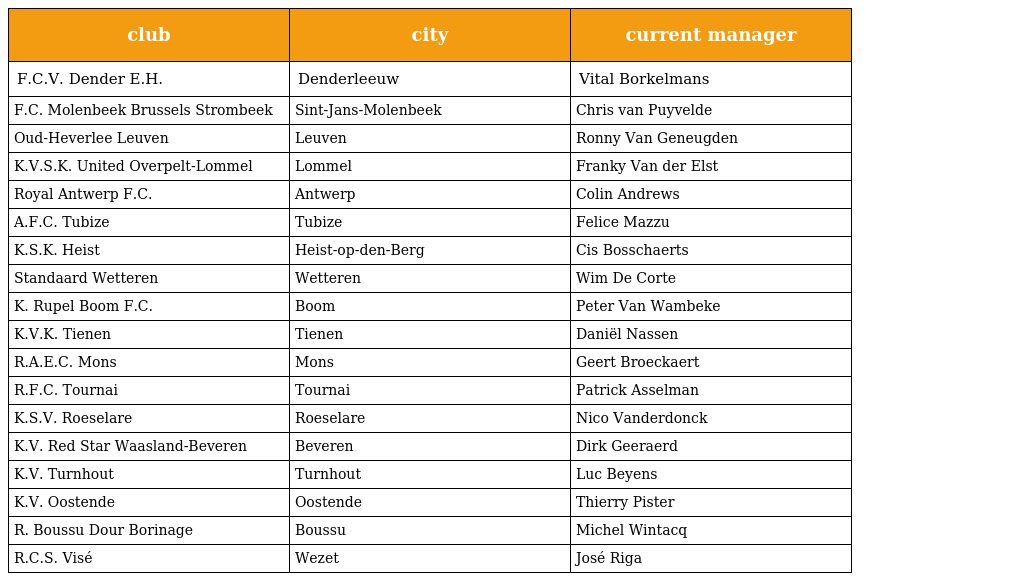
| club | city | current manager |
 | --- | --- | --- |
 | F.C.V. Dender E.H. | Denderleeuw | Vital Borkelmans |
 | F.C. Molenbeek Brussels Strombeek | Sint-Jans-Molenbeek | Chris van Puyvelde |
 | Oud-Heverlee Leuven | Leuven | Ronny Van Geneugden |
 | K.V.S.K. United Overpelt-Lommel | Lommel | Franky Van der Elst |
 | Royal Antwerp F.C. | Antwerp | Colin Andrews |
 | A.F.C. Tubize | Tubize | Felice Mazzu |
 | K.S.K. Heist | Heist-op-den-Berg | Cis Bosschaerts |
 | Standaard Wetteren | Wetteren | Wim De Corte |
 | K. Rupel Boom F.C. | Boom | Peter Van Wambeke |
 | K.V.K. Tienen | Tienen | Daniël Nassen |
 | R.A.E.C. Mons | Mons | Geert Broeckaert |
 | R.F.C. Tournai | Tournai | Patrick Asselman |
 | K.S.V. Roeselare | Roeselare | Nico Vanderdonck |
 | K.V. Red Star Waasland-Beveren | Beveren | Dirk Geeraerd |
 | K.V. Turnhout | Turnhout | Luc Beyens |
 | K.V. Oostende | Oostende | Thierry Pister |
 | R. Boussu Dour Borinage | Boussu | Michel Wintacq |
 | R.C.S. Visé | Wezet | José Riga |